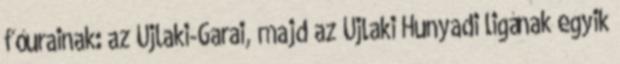
főurainak: az Újlaki-Garai, majd az Újlaki Hunyadi ligának egyik